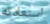
استعادته